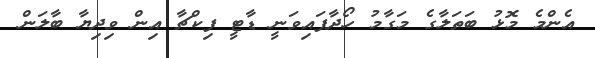
އެންމެ މޮޅު ބަތަލާގެ މަގާމު ހޯދާފައިވަނީ ޑާޓީ ފިކްޗާ އިން ވިދިޔާ ބާލަން